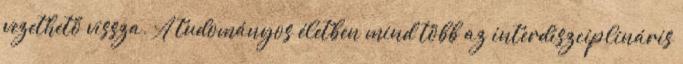
vezethető vissza. A tudományos életben mind több az interdiszciplináris